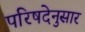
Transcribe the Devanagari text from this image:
परिषदेनुसार